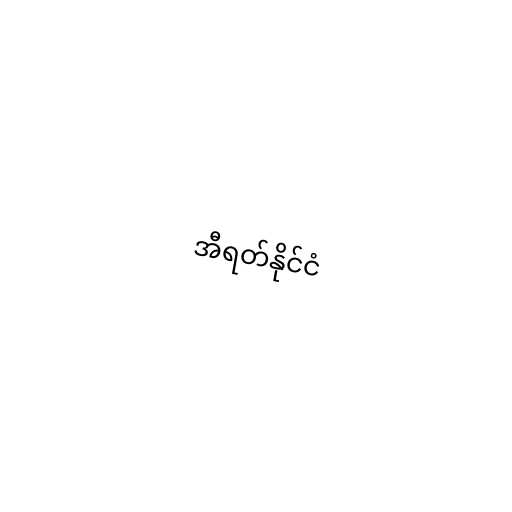
အီရတ်နိုင်ငံ